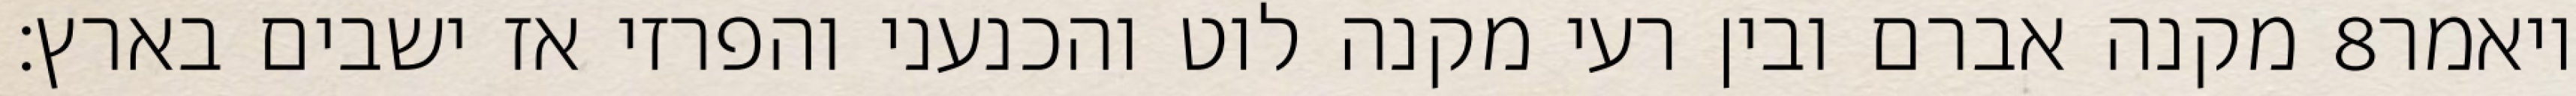
מקנה אברם ובין רעי מקנה לוט והכנעני והפרזי אז ישבים בארץ׃ ‎8‏ ויאמר